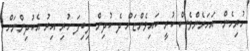
ހުރިހެން. އަހަރެންވެސް ކުރީ ކައިވެންޏަށް ދެ ކުދިން ލިބިފަ ހުރި އިރު އެކުދިންނަށް